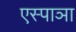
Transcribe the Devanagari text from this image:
एस्पाञा